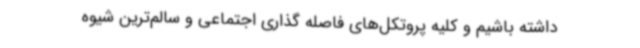
داشته باشیم و کلیه پروتکل‌های فاصله گذاری اجتماعی و سالم‌ترین شیوه